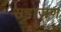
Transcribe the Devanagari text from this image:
सहाजण